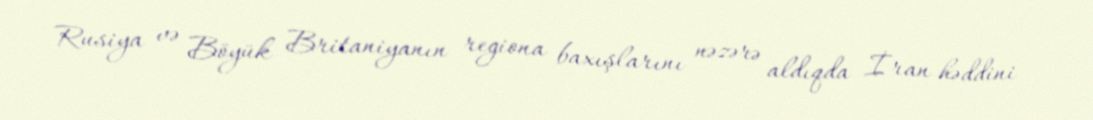
Rusiya və Böyük Britaniyanın regiona baxışlarını nəzərə aldıqda İran həddini